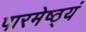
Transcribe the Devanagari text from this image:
पारमेष्ठ्यं